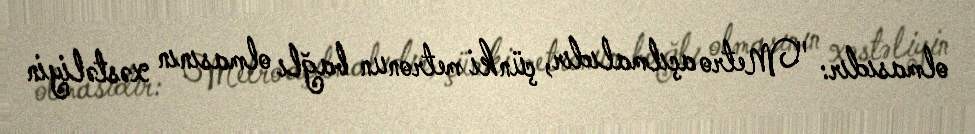
olmasıdır: "Metro açılmalıdır, çünki metronun bağlı olmasının xəstəliyin